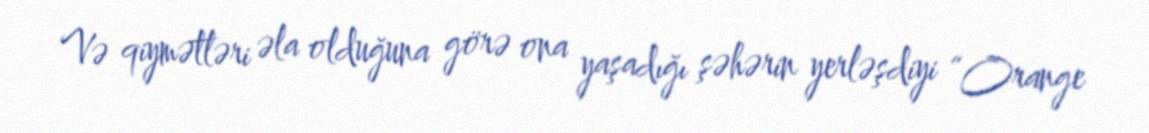
Və qiymətləri əla olduğuna görə ona yaşadığı şəhərin yerləşdiyi “Orange